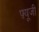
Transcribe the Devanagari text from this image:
फ़्यूजी